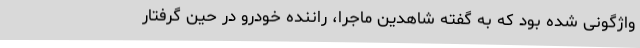
واژگونی شده بود که به گفته شاهدین ماجرا، راننده خودرو در حین گرفتار